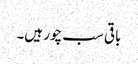
باقی سب چور ہیں۔